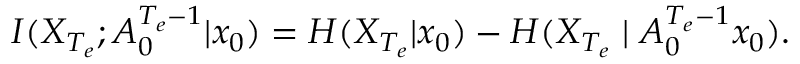
I ( X _ { { T _ { e } } } ; A _ { 0 } ^ { { T _ { e } } - 1 } | x _ { 0 } ) = H ( X _ { T _ { e } } | x _ { 0 } ) - H ( X _ { T _ { e } } \mid A _ { 0 } ^ { { T _ { e } } - 1 } x _ { 0 } ) .